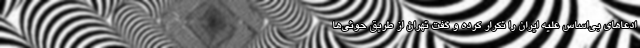
ادعاهای بی‌اساس علیه ایران را تکرار کرده و گفت تهران از طریق حوثی‌ها